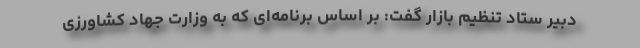
دبیر ستاد تنظیم بازار گفت: بر اساس برنامه‌ای که به وزارت جهاد کشاورزی